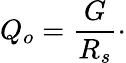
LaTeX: Q_{o}={\frac{G}{R_{s}}}\cdot